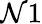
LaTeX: \mathcal{N}1